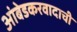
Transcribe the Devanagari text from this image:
आंबेडकरवादाची